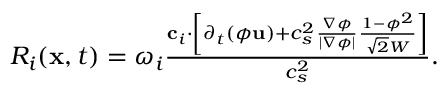
\begin{array} { r } { R _ { i } ( \mathbf { x } , t ) = \omega _ { i } \frac { \mathbf { c } _ { i } \cdot \left[ \partial _ { t } ( \phi \mathbf { u } ) + c _ { s } ^ { 2 } \frac { \nabla \phi } { | \nabla \phi | } \frac { 1 - \phi ^ { 2 } } { \sqrt { 2 } W } \right] } { c _ { s } ^ { 2 } } . } \end{array}